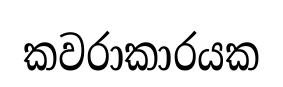
කවරාකාරයක